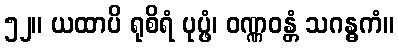
၅၂။ ယထာပိ ရုစိရံ ပုပ္ဖံ၊ ဝဏ္ဏဝန္တံ သဂန္ဓကံ။